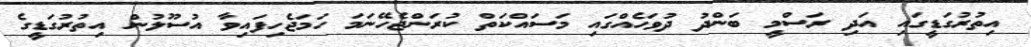
އިތުރުގަޑީގައި އަދި ރަސްމީ ބަންދު ދުވަހެއްގައި މަސައްކަތް ކުރަންޖެހޭނަމަ ހަމަޖެހިފައިވާ އުސޫލުން އިތުރުގަޑީގެ